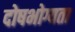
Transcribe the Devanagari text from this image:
दोषभोग्यता